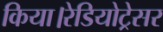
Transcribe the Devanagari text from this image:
किया।रेडियोट्रेसर